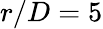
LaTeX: r/D=5